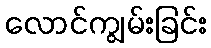
လောင်ကျွမ်းခြင်း